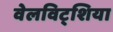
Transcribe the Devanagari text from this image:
वेलविट्शिया